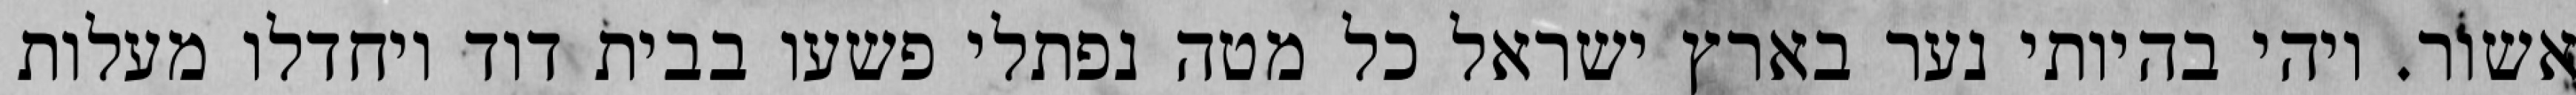
אשור. ויהי בהיותי נער בארץ ישראל כל מטה נפתלי פשעו בבית דוד ויחדלו מעלות